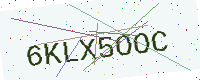
Text: 6KLX5OOC